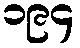
၁၉၄